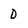
Character: 0